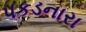
પકડનારા